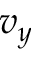
v _ { y }